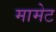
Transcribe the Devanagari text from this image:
मामेट